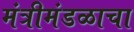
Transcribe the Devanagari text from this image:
मंत्रीमंडळाचा